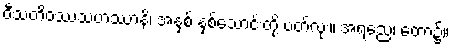
ဝီသတိဝဿသဟဿာနိ၊ အနှစ် နှစ်သောင်းတို့ ပတ်လုံး။ အရညေ၊ တော၌။